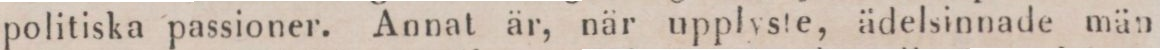
politiska passioner. Annat är, när upplyste, ädelsinnade män